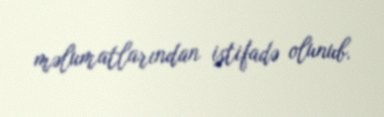
məlumatlarından istifadə olunub.